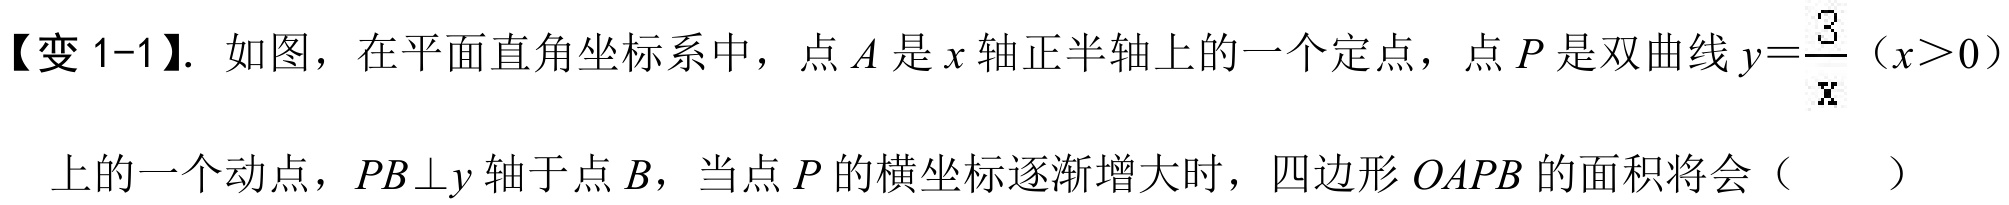
【变1-1】. 如图，在平面直角坐标系中，点\(A\)是\(x\)轴正半轴上的一个定点，点\(P\)是双曲线\(y = \dfrac{3}{x}\)（\(x>0\)）
上的一个动点，\(PB\perp y\)轴于点\(B\)，当点\(P\)的横坐标逐渐增大时，四边形\(OAPB\)的面积将会（  ）